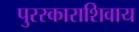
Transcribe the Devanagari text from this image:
पुरस्काराशिवाय